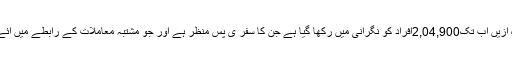
علاوہ ازیں اب تک2,04,900افراد کو نگرانی میں رکھا گیا ہے جن کا سفر ی پس منظر ہے اور جو مشتبہ معاملات کے رابطے میں آئے ہیں۔